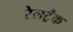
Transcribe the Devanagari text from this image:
रेलट्रैक